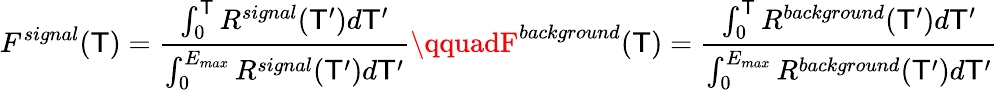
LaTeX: F^{signal}(\mathsf{T})=\frac{{\int_{0}^{\mathsf{T}}R^{signal}(\mathsf{T}^{\prime})d\mathsf{T}^{\prime}}}{{\int_{0}^{E_{max}}R^{signal}(\mathsf{T}^{\prime})d\mathsf{T}^{\prime}}}\qquadF^{background}(\mathsf{T})=\frac{{\int_{0}^{\mathsf{T}}R^{background}(\mathsf{T}^{\prime})d\mathsf{T}^{\prime}}}{{\int_{0}^{E_{max}}R^{background}(\mathsf{T}^{\prime})d\mathsf{T}^{\prime}}}